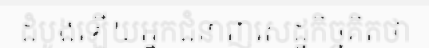
ដំបូងឡើយអ្នកជំនាញសេដ្ឋកិច្ចគិតថា